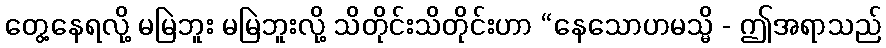
တွေ့နေရလို့ မမြဲဘူး မမြဲဘူးလို့ သိတိုင်းသိတိုင်းဟာ “နေသောဟမသ္မိ - ဤအရာသည်